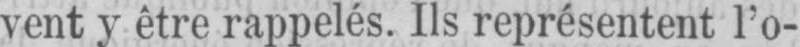
vent y être rappelés. Ils représentent l’o-